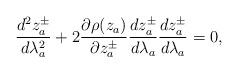
LaTeX: \begin{align*} \frac{d^2z_a^\pm}{d\lambda_a^2} + 2 \frac{\partial\rho(z_a)}{\partial z_a^\pm} \frac{dz_a^\pm}{d\lambda_a} \frac{dz_a^\pm}{d\lambda_a} = 0,\end{align*}